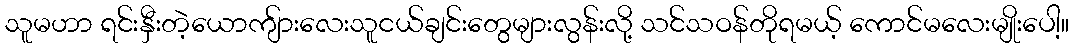
သူမဟာ ရင်းနှီးတဲ့ယောကျ်ားလေးသူငယ်ချင်းတွေများလွန်းလို့ သင်သဝန်တိုရမယ့် ကောင်မလေးမျိုးပေါ့။